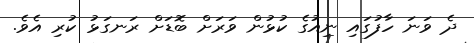
ދެ ވަނަ ހާފުގައި ނިއުގެ ކުޅުން ވަރަށް ބޮޑަށް ރަނގަޅު ކުރި އެވެ.